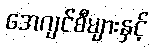
အေဂျင်စီများနှင့်